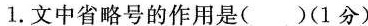
1.文中省略号的作用是( )(1分)